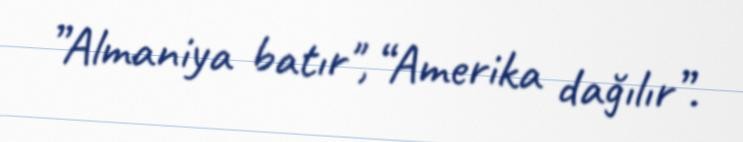
”Almaniya batır", “Amerika dağılır”.